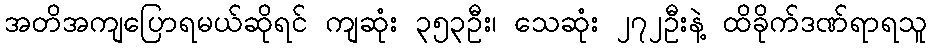
အတိအကျပြောရမယ်ဆိုရင် ကျဆုံး ၃၅၃ဦး၊ သေဆုံး ၂၇၂ဦးနဲ့ ထိခိုက်ဒဏ်ရာရသူ